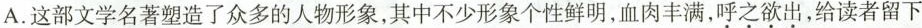
A.这部文学名著塑造了众多的人物形象，其中不少形象个性鲜明，血肉丰满，\underset{·}{呼}\underset{·}{之}\underset{·}{欲}\underset{·}{出}，给读者留下